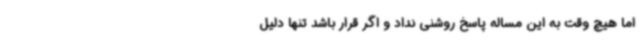
اما هیچ وقت به این مساله پاسخ روشنی نداد و اگر قرار باشد تنها دلیل